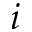
i